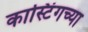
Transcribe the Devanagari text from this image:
कास्टिंगच्या